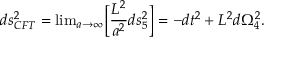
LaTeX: d s _ { C F T } ^ { 2 } = \mathrm { l i m } _ { a \rightarrow \infty } \Big [ { \frac { L ^ { 2 } } { a ^ { 2 } } } d s _ { 5 } ^ { 2 } \Big ] = - d t ^ { 2 } + L ^ { 2 } d \Omega _ { 4 } ^ { 2 } .